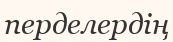
перделердің